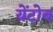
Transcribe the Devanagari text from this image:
येंटोब